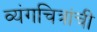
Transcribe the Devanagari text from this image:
व्यंगचित्रांचीं